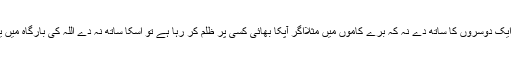
لہذا یاد رکھیے کہ آپنے معاشرے کو بہتر بنانے کے لیئے آچھے کاموں میں ایک دوسروں کا ساتھ دے نہ کہ برے کاموں میں مثلااگر آپکا بھائی کسی پر ظلم کر رہا ہے تو اسکا ساتھ نہ دے اللہ کی بارگاہ میں یہ ظاہری رشتے مد نظر نہیں رکھے جاتے ہے بلکہ تقوی کو دیکھا جاتا ہے۔